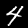
Digit: 4